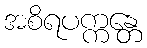
အစိရပက္ကန္တေ